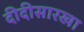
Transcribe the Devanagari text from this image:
दीदीसारखा